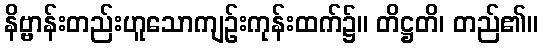
နိဗ္ဗာန်းတည်းဟူသောကျဉ်းကုန်းထက်၌။ တိဋ္ဌတိ၊ တည်၏။